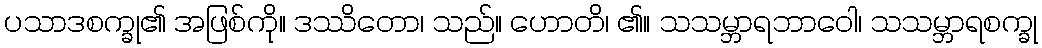
ပသာဒစက္ခု၏ အဖြစ်ကို။ ဒဿိတော၊ သည်။ ဟောတိ၊ ၏။ သသမ္ဘာရဘာဝေါ၊ သသမ္ဘာရစက္ခု